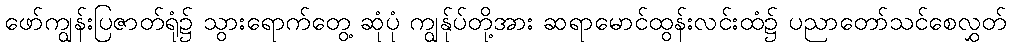
ဖော်ကျွန်းပြဇာတ်ရုံ၌ သွားရောက်တွေ့ ဆုံပုံ ကျွန်ုပ်တို့အား ဆရာမောင်ထွန်းလင်းထံ၌ ပညာတော်သင်စေလွှတ်